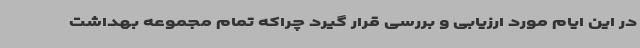
در این ایام مورد ارزیابی و بررسی قرار گیرد چراکه تمام مجموعه بهداشت